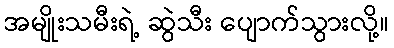
အမျိုးသမီးရဲ့ ဆွဲသီး ပျောက်သွားလို့။